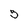
Character: 5